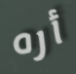
أره